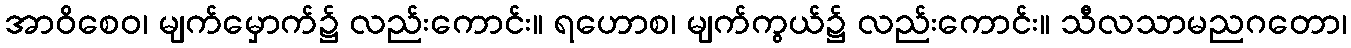
အာဝိစေဝ၊ မျက်မှောက်၌ လည်းကောင်း။ ရဟောစ၊ မျက်ကွယ်၌ လည်းကောင်း။ သီလသာမညဂတော၊